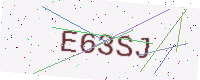
Text: E63SJ